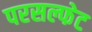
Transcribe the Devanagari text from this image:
परसल्फेट